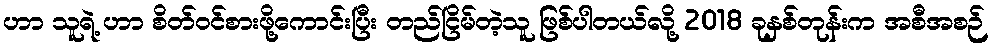
ဟာ သူရဲ့ ဟာ စိတ်ဝင်စားဖို့ကောင်းပြီး တည်ငြိမ်တဲ့သူ ဖြစ်ပါတယ်လို့ 2018 ခုနှစ်တုန်းက အစီအစဉ်